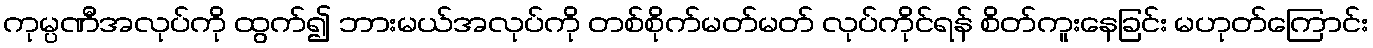
ကုမ္ပဏီအလုပ်ကို ထွက်၍ ဘားမယ်အလုပ်ကို တစ်စိုက်မတ်မတ် လုပ်ကိုင်ရန် စိတ်ကူးနေခြင်း မဟုတ်ကြောင်း